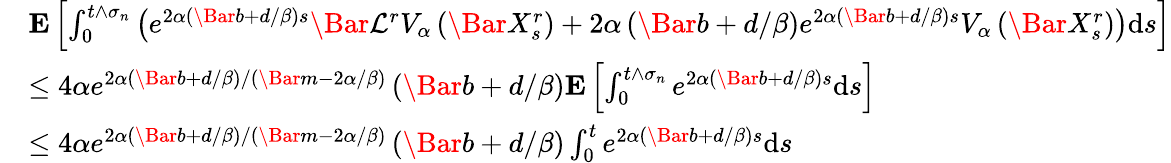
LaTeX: \begin{array}{rl}&{\mathbf{E}\left[\int_{0}^{t\wedge\sigma_{n}}\left(e^{2\alpha\left(\Bar{b}+d/\beta\right)s}\Bar{\mathcal{L}}^{r}V_{\alpha}\left(\Bar{X}_{s}^{r}\right)+2\alpha\left(\Bar{b}+d/\beta\right)e^{2\alpha\left(\Bar{b}+d/\beta\right)s}V_{\alpha}\left(\Bar{X}_{s}^{r}\right)\right)\mathrm{d}s\right]}\\ &{\le 4\alpha e^{2\alpha(\Bar{b}+d/\beta)/(\Bar{m}-2\alpha/\beta)}\left(\Bar{b}+d/\beta\right)\mathbf{E}\left[\int_{0}^{t\wedge\sigma_{n}}e^{2\alpha\left(\Bar{b}+d/\beta\right)s}\mathrm{d}s\right]}\\ &{\le 4\alpha e^{2\alpha(\Bar{b}+d/\beta)/(\Bar{m}-2\alpha/\beta)}\left(\Bar{b}+d/\beta\right)\int_{0}^{t}e^{2\alpha\left(\Bar{b}+d/\beta\right)s}\mathrm{d}s}\end{array}